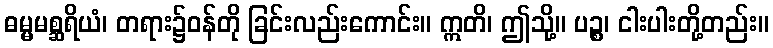
ဓမ္မမစ္ဆရိယံ၊ တရား၌ဝန်တို ခြင်းလည်းကောင်း။ ဣတိ၊ ဤသို့။ ပဉ္စ၊ ငါးပါးတို့တည်း။